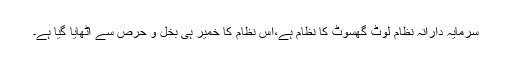
سرمایہ دارانہ نظام لوٹ گھسوٹ کا نظام ہے،اس نظام کا خمیر ہی بخل و حرص سے اٹھایا گیا ہے۔